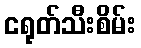
ငရုတ်သီးစိမ်း